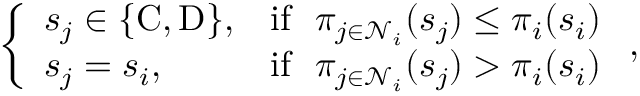
\left\{ \begin{array} { l l } { s _ { j } \in \{ \mathrm { C } , \mathrm { D } \} , } & { \mathrm { i f } ~ ~ \pi _ { j \in \mathcal { N } _ { i } } ( s _ { j } ) \leq \pi _ { i } ( s _ { i } ) } \\ { s _ { j } = s _ { i } , } & { \mathrm { i f } ~ ~ \pi _ { j \in \mathcal { N } _ { i } } ( s _ { j } ) > \pi _ { i } ( s _ { i } ) } \end{array} \right. ,